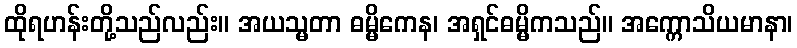
ထိုရဟန်းတို့သည်လည်း။ အယသ္မတာ ဓမ္မိကေန၊ အရှင်ဓမ္မိကသည်။ အက္ကောသိယမာနာ၊